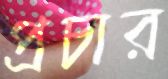
প্রচার